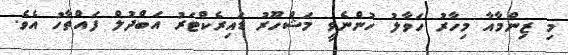
މި ޒިންމާއާ މިހާރު ހަވާލު ހުންނެވީ މަޝްހޫރު ޑައިރެކްޓަރު އަބްދުލް ފައްތާހު އެވެ.